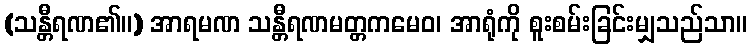
(သန္တီရဏ၏။) အာရမဏ သန္တီရဏမတ္တကမေဝ၊ အာရုံကို စူးစမ်းခြင်းမျှသည်သာ။